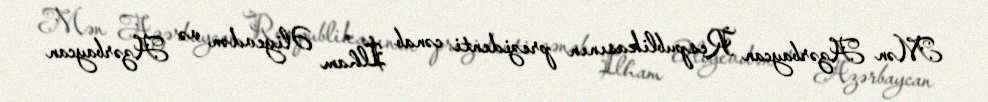
Mən Azərbaycan Respublikasının prezidenti cənab İlham Əliyevdən və Azərbaycan